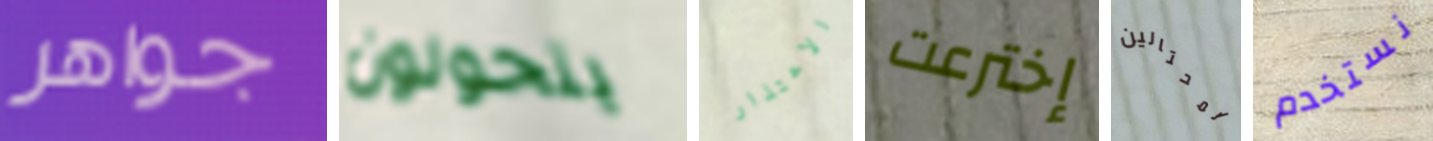
جواهر يتحولون الاعتذار إخترعت المحتالين نستخدم